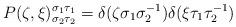
LaTeX: \begin{align*}P(\zeta,\xi)^{\sigma_1\tau_1}_{\sigma_2\tau_2}= \delta(\zeta\sigma_1\sigma_2^{-1})\delta(\xi\tau_1\tau_2^{-1})\end{align*}